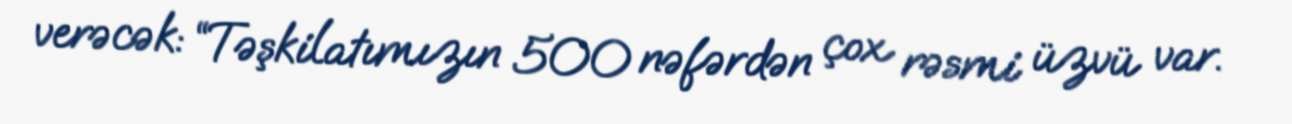
verəcək: “Təşkilatımızın 500 nəfərdən çox rəsmi üzvü var.